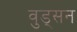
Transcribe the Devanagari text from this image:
वुड्सन